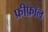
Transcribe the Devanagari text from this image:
फ्रीफ़ॉल